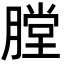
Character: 膛